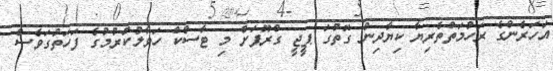
އަހަރެންގެ ރަހުމަތްތެރިޔާ ކިޔާދިން ގޮތުގަ ޕީޖީ ގްރޫޕަށް މި ޓާސްކް ހަވާލުކުރުމުގެ ފަހަތުގަވެސް